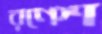
রণেশ